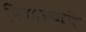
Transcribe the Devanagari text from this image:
विद्याल्याचे